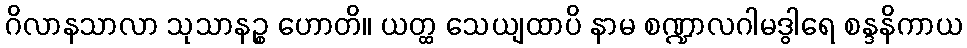
ဂိလာနသာလာ သုသာနဉ္စ ဟောတိ။ ယတ္ထ သေယျထာပိ နာမ စဏ္ဍာလဂါမဒွါရေ စန္ဒနိကာယ